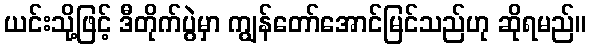
ယင်းသို့ဖြင့် ဒီတိုက်ပွဲမှာ ကျွန်တော်အောင်မြင်သည်ဟု ဆိုရမည်။